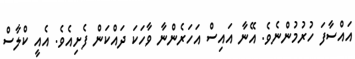
އައްސާފަ ހުރުމުންނެވެ. އޭނާ އައިސް އަހަރެންނާ ވާހަކަ ދައްކަން ފެށިއެވެ. އެއީ ކްލާސް